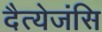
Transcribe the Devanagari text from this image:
दैत्येजंसि